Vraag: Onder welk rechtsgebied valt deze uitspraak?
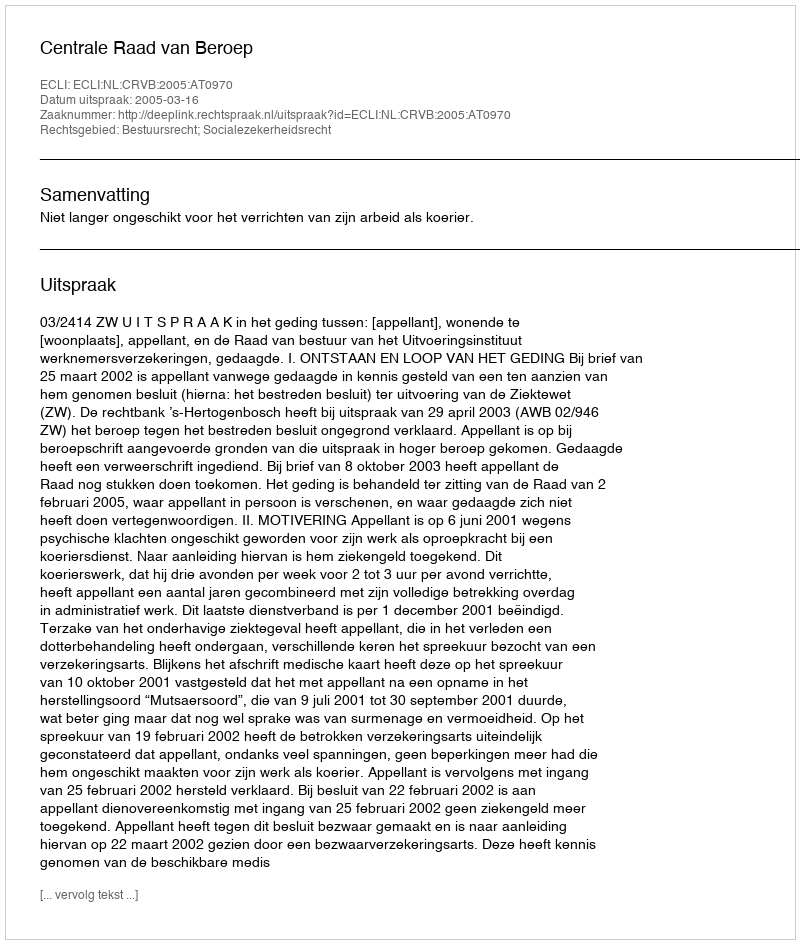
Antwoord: Bestuursrecht; Socialezekerheidsrecht